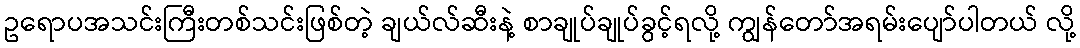
ဥရောပအသင်းကြီးတစ်သင်းဖြစ်တဲ့ ချယ်လ်ဆီးနဲ့ စာချုပ်ချုပ်ခွင့်ရလို့ ကျွန်တော်အရမ်းပျော်ပါတယ် လို့